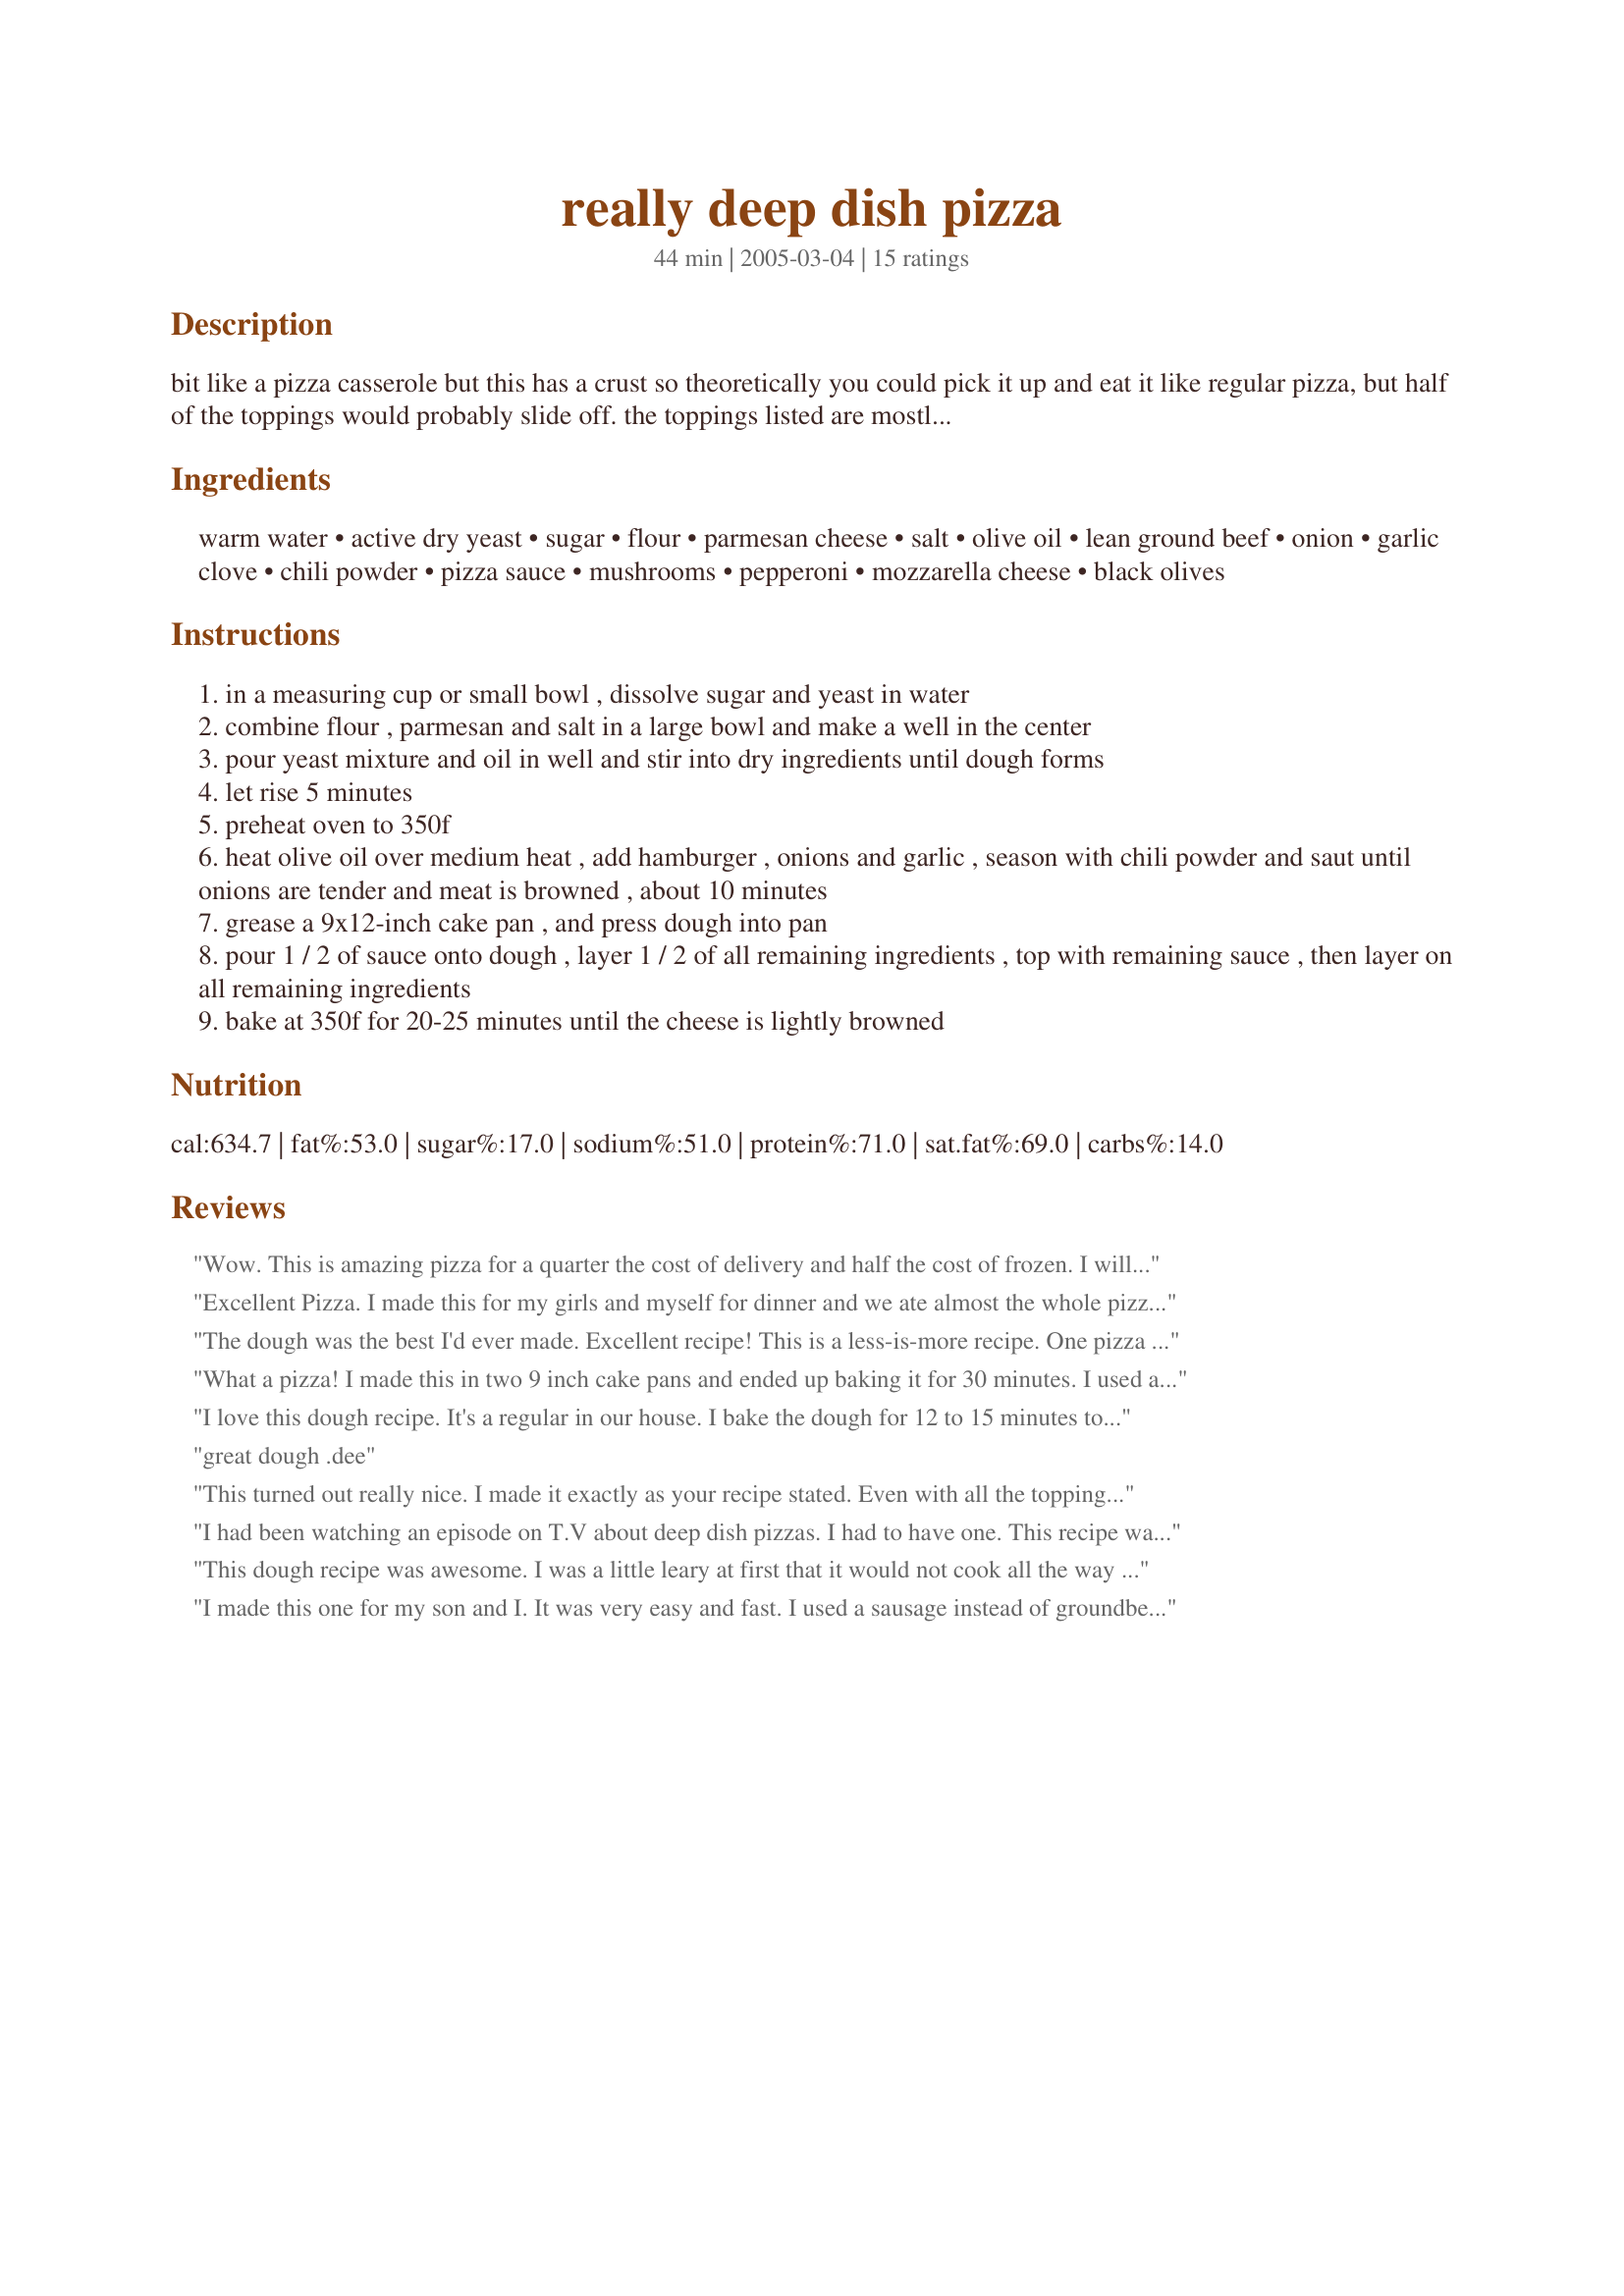
really deep dish pizza
Preparation time: 44 minutes

bit like a pizza casserole but this has a crust so theoretically you could pick it up and eat it like regular pizza, but half of the toppings would probably slide off. the toppings listed are mostly suggestions try it this way or using your favorite toppings instead.

Ingredients:
warm water, active dry yeast, sugar, flour, parmesan cheese, salt, olive oil, lean ground beef, onion, garlic clove, chili powder, pizza sauce, mushrooms, pepperoni, mozzarella cheese, black olives

Steps:
in a measuring cup or small bowl , dissolve sugar and yeast in water
combine flour , parmesan and salt in a large bowl and make a well in the center
pour yeast mixture and oil in well and stir into dry ingredients until dough forms
let rise 5 minutes
preheat oven to 350f
heat olive oil over medium heat , add hamburger , onions and garlic , season with chili powder and saut until onions are tender and meat is browned , about 10 minutes
grease a 9x12-inch cake pan , and press dough into pan
pour 1 / 2 of sauce onto dough , layer 1 / 2 of all remaining ingredients , top with remaining sauce , then layer on all remaining ingredients
bake at 350f for 20-25 minutes until the cheese is lightly browned

Reviews:
Wow. This is amazing pizza for a quarter the cost of delivery and half the cost of frozen. I will never buy premade again!
Four stars because I changed it a bit. I used half whole grain flour/half all purpose. Also, I used my marinara sauce similar to the easy peesy one mentioned below.
My only complaint is that this recipe calls for too much of everything. I didn't do the double layering thing, but I squished the sides of the dough up to the top of the pan while making for a nice crust and we were able to eat them like a normal pizza. I think I will reduce dough by a quarter next time. Also, I can't imagine using a whole pound of ground beef, three links of italian sausage for hubby was one too many.
 I ate a quarter of mine, my husband ate half of his and we were both STUFFED! We normally demolish two medium delivery pizzas, less is really more!
I say again, outstanding dough made in pizza heaven and sooooo easy to make!
Thanks for this recipe, will be using it for months to come!
Excellent Pizza. I made this for my girls and myself for dinner and we ate almost the whole pizza. I made a small part of just onion, mushrooms and black olives for myself and the other part with just pepperoni for the girls. I had everything on hand to make this which is a plus also. We will make this again. thanks for posting.
The dough was the best I'd ever made. Excellent recipe! This is a less-is-more recipe. One pizza fed what two usually do.
What a pizza! I made this in two 9 inch cake pans and ended up baking it for 30 minutes. I used all the toppings listed except for the shrooms and I added sausage and red bell peppers and used a home made sauce. My family devoured it! The crust is very flavorful and held up good considering the amount of toppings piled onto it. I am planning to make this often. Thanks so much for sharing this excellent pizza! ~~~UPDATE~~~ I make this all the time, but this time I made it a stuffed crust deep dish pizza by using sring cheese. It was perhaps the best pizza we have ever had, home made or bought. Again, many thanks for sharing!~~~~ANOTHER UPDATE~~~~Three years after I posted my first review of this recipe, this is STILL one of my family favorites. I strongly urge everyone to try this recipe!! Really! Go on!
I love this dough recipe. It's a regular in our house. I bake the dough for 12 to 15 minutes to thicken/firm it up. Then add the toppings then the cheese. Bake for 15 minutes then pull it out add sauce on top for pseudo sicilian style and bake for 5 more minutes. Wonderful. Thank you again for posting. On a side note I add italian herbs to the crust and garlic salt instead of reg salt.
great dough .dee
This turned out really nice. I made it exactly as your recipe stated. Even with all the toppings, I found it to be a little bland. I felt it could really have used some salt in the ground beef and my dh said some italian seasoning. Even with that, I think when I make it again (and I will), I would either use italian turkey sausage or mix it half/half with the ground beef. I used 2 round cake pans so I could make one for my dd w/out all the other toppings that she dislikes. I baked them on the bottom rack for about 10-12 mintues at first to make sure the bottom dough got done, and it did. Then I moved it up to the middle to finish off. It did smell heavenly cooking. It's a keeper with a few changes. Thanks! Pam
I had been watching an episode on T.V about deep dish pizzas. I had to have one. This recipe was just what I was looking for. I made this last night for the family. The crust turned out great. I did make the crust in my bread machine. I used my cheesecake pan to make the pizza in instead of my cast iron. My DH said that it was a little watery but it still tasted great. That was not recipes' fault but mine because I wanted so many toppings. I used two types of cheese, mozzarella and provolone. I did not use pepperoni. Instead, I used Italian sausage and ground beef seasoned with season salt and garlic powder with chopped onion and minced garlic thrown in. Everyone was full and happy last night. Thanks!
This dough recipe was awesome. I was a little leary at first that it would not cook all the way through. I left it in the oven for 30 min and then broiled to brown the cheese another 3-4 min. I would not season the ground beef with chili peper next time or use as much , maybe half a lb. This will be one of my fav crust to use!
I made this one for my son and I. It was very easy and fast. I used a sausage instead of groundbeef wich made it a bit more spicy.
We liked this, but felt the crust was a little bland and more bread-like than we'd prefer. I made as directed, but baked it in two cake pans like Pam-I-Am so that we could top them differently. I used Recipe #206861 on these. Thanks for sharing!
This is a really good pizza dough, I added a little extra parmesan cheese and garlic powder to the dough, came out so good. Excellent recipe
I followed the directions except that I layered the dough with tomato sauce, then mozzerella, topped with red onion, spinach, and pepperoni, then another layer of mozzerella and kept it in the oven for about 10 minutes longer since I wanted the top layer of cheese to brown a bit. It was absolutely delicious so much so that my boyfriend wanted me to make it again for lunch today! Thank you for sharing this recipe! I can't wait to use other toppings with it!
This was AWESOME!! I would give it 10 stars if I could. I guess I'm only rating the crust and the concept because I totally changed the toppings, but still I was MMMMMMING all through dinner.

I halved the crust recipe and used an 8x8 pan. After I pressed it into the pan, I sprinkled it with additional parmesan, italian seasoning and a little bit of red salt.

For toppings, I used just a little pizza sauce (I was worried too much would make it too soupy), pepperoni and mushrooms.

SO GOOD! I will be making this often - thank you!!
We have made this pizza five times in the last few weeks, it is excellent! After the first time we made it we changed the toppings, we use italian sausage, pepperoni, olives and mushrooms and we are generous when we sprinkle on the fresh parmesan. This is a new family favorite, thanks!
